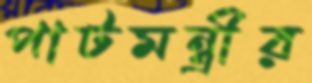
পাটমন্ত্রীর